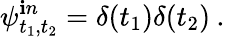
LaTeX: \psi_{t_{1},t_{2}}^{\mathbf{i}n}=\delta(t_{1})\delta(t_{2})\: .